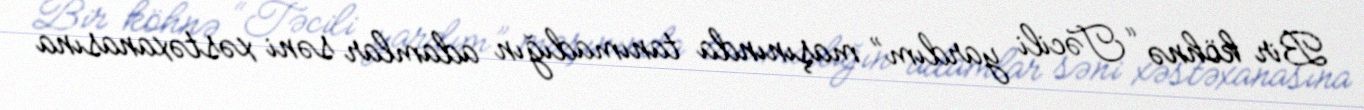
Bir köhnə “Təcili yardım” maşınında tanımadığın adamlar səni xəstəxanasına